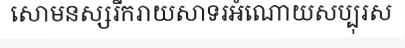
សោមនស្សរីករាយសាទរអំណោយសប្បុរស